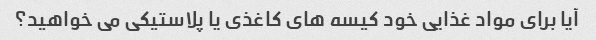
آیا برای مواد غذایی خود کیسه های کاغذی یا پلاستیکی می خواهید؟